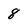
Character: 8